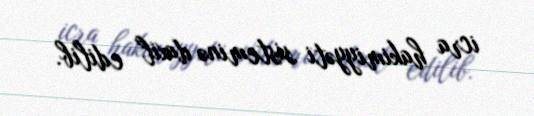
icra hakimiyyəti sisteminə daxil edilib.